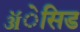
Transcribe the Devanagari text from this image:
ॲेसिड